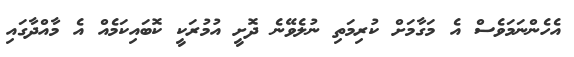
އެހެންނަމަވެސް އެ މަގާމަށް ކުރިމަތި ނުލެވޭނެ ދޮށީ އުމުރަކީ ކޮބައިކަމެއް އެ މާއްދާގައި